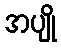
အပျို